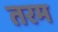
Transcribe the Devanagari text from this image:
तरम